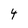
Character: 4